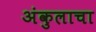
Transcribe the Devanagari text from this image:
अंकुलाचा